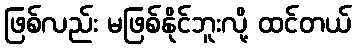
ဖြစ်လည်း မဖြစ်နိုင်ဘူးလို့ ထင်တယ်